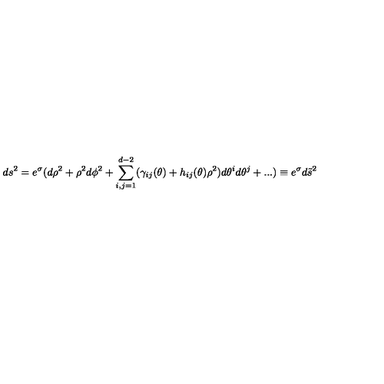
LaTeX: d s ^ { 2 } = e ^ { \sigma } ( d \rho ^ { 2 } + \rho ^ { 2 } d \phi ^ { 2 } + \sum _ { i , j = 1 } ^ { d - 2 } ( \gamma _ { i j } ( \theta ) + h _ { i j } ( \theta ) \rho ^ { 2 } ) d \theta ^ { i } d \theta ^ { j } + . . . ) \equiv e ^ { \sigma } d \tilde { s } ^ { 2 }